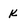
Character: K